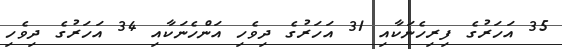
35 އަހަރުގެ ފިރިހެނަކާއި 31 އަހަރުގެ ދިވެހި އަންހެނަކާއި 34 އަހަރުގެ ދިވެހި